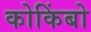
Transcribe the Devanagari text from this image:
कोकिंबो